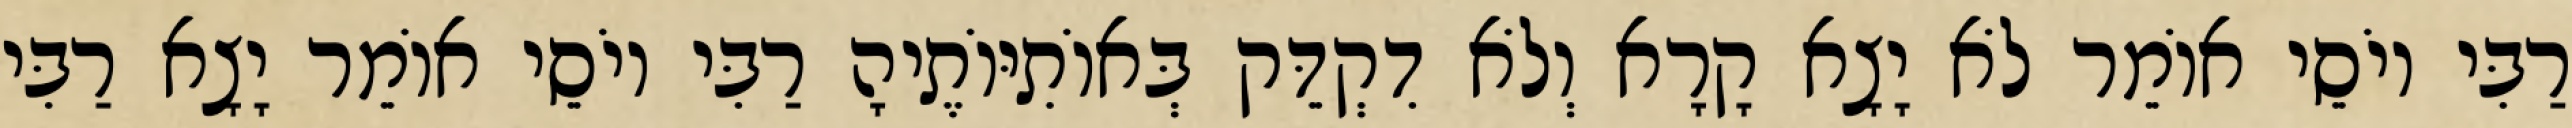
רַבִּי יוֹסֵי אוֹמֵר לֹא יָצָא קָרָא וְלֹא דִקְדֵּק בְּאוֹתִיּוֹתֶיהָ רַבִּי יוֹסֵי אוֹמֵר יָצָא רַבִּי